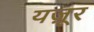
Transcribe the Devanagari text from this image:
यज़ूर